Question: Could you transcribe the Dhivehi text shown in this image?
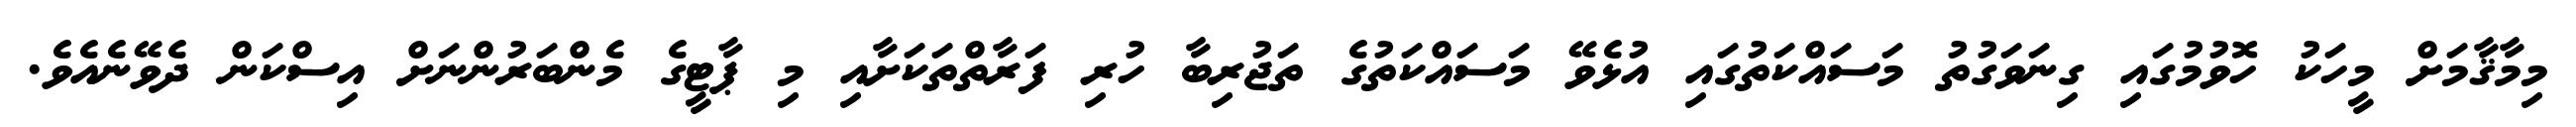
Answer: މިމާޤާމަށް މީހަކު ހޮވުމުގައި ގިނަވަގުތު މަސައްކަތުގައި އުޅެވޭ މަސައްކަތުގެ ތަޖުރިބާ ހުރި ފަރާތްތަކަށާއި މި ޕާޓީގެ މެންބަރުންނަށް އިސްކަން ދެވޭނެއެވެ.